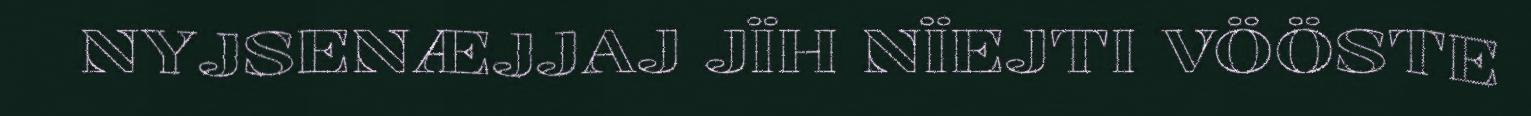
NYJSENÆJJAJ JÏH NÏEJTI VÖÖSTE